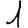
Digit: 1